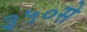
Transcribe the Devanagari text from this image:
३५०से